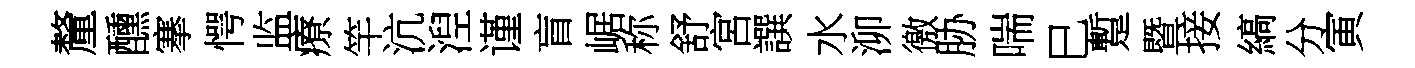
釐醺搴愕监療竿沆湼谨盲崌称舒宮譔水泖徼胁喘巳蹔暨接縞分寅